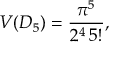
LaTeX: V ( D _ { 5 } ) = \frac { \pi ^ { 5 } } { 2 ^ { 4 } \, 5 ! } ,